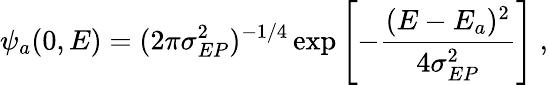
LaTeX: \psi_{a}(0,E)=(2\pi\sigma_{EP}^{2})^{-1/4}\exp\left[-\frac{(E-E_{a})^{2}}{4\sigma_{EP}^{2}}\right]\ ,